Report on vaccination proceedings throughout the Government of Bengal -
Year: 1868
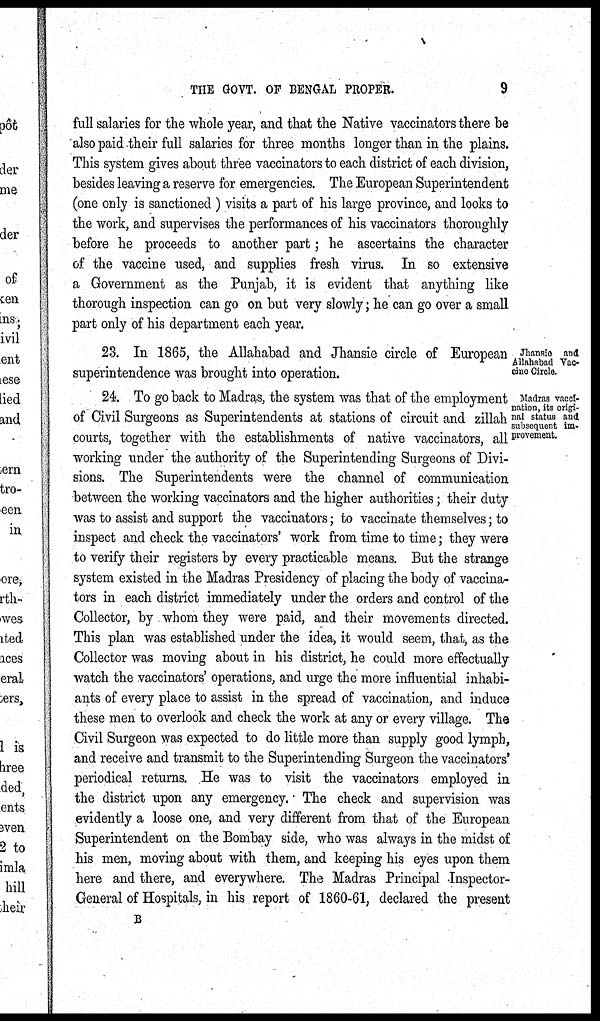
THE GOVT. OF BENGAL PROPER.
9
full salaries for the whole year, and that the Native vaccinators there be
also paid their full salaries for three months longer than in the plains.
This system gives about three vaccinators to each district of each division,
besides leaving a reserve for emergencies. The European Superintendent
(one only is sanctioned ) visits a part of his large province, and looks to
the work, and supervises the performances of his vaccinators thoroughly
before he proceeds to another part; he ascertains the character
of the vaccine used, and supplies fresh virus. In so extensive
a Government as the Punjab, it is evident that anything like
thorough inspection can go on but very slowly; he can go over a small
part only of his department each year.
Jhansie and
Allahabad Vac¬
cine Circle.
23. In 1865, the Allahabad and Jhansie circle of European
superintendence was brought into operation.
Madras vacci-
nation, its origi-
nal status and
subsequent im¬
provement.
24. To go back to Madras, the system was that of the employment
of Civil Surgeons as Superintendents at stations of circuit and zillah
courts, together with the establishments of native vaccinators, all
working under the authority of the Superintending Surgeons of Divi-
sions. The Superintendents were the channel of communication
between the working vaccinators and the higher authorities; their duty
was to assist and support the vaccinators; to vaccinate themselves; to
inspect and check the vaccinators' work from time to time; they were
to verify their registers by every practicable means. But the strange
system existed in the Madras Presidency of placing the body of vaccina-
tors in each district immediately under the orders and control of the
Collector, by whom they were paid, and their movements directed.
This plan was established under the idea, it would seem, that, as the
Collector was moving about in his district, he could more effectually
watch the vaccinators' operations, and urge the more influential inhabi¬
ants of every place to assist in the spread of vaccination, and induce
these men to overlook and check the work at any or every village. The
Civil Surgeon was expected to do little more than supply good lymph,
and receive and transmit to the Superintending Surgeon the vaccinators'
periodical returns. He was to visit the vaccinators employed in
the district upon any emergency. The check and supervision was
evidently a loose one, and very different from that of the European
Superintendent on the Bombay side, who was always in the midst of
his men, moving about with them, and keeping his eyes upon them
here and there, and everywhere. The Madras Principal Inspector-
General of Hospitals, in his report of 1860-61, declared the present
B